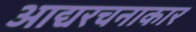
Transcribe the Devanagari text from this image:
आद्यरचनाकार